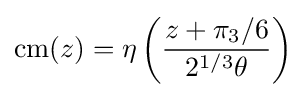
\operatorname {cm} (z)=\eta \left({\frac {z+\pi _{3}/6}{2^{1/3}\theta }}\right)